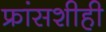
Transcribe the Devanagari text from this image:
फ्रांसशीही